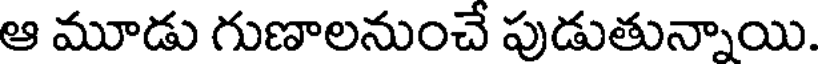
ఆ మూడు గుణాలనుంచే పుడుతున్నాయి.